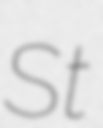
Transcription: St